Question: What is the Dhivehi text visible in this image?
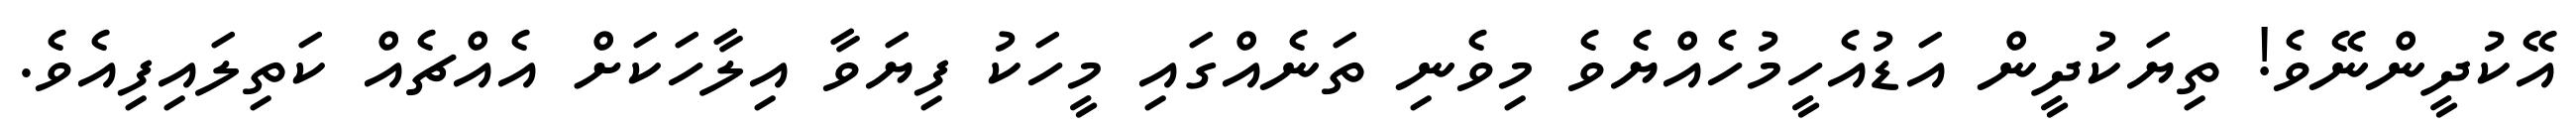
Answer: އޭކުދީންނޭވެ! ތިޔަކުދީން އަޑުއެހީމުހެއްޔެވެ މިވެނި ތަނެއްގައި މީހަކު ފިޔަވާ އިލާހަކަށް އެއްޗެއް ކަތިލައިފިއެވެ.